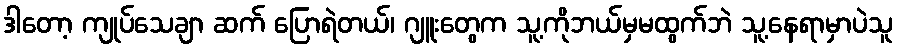
ဒါတော့ ကျုပ်သေချာ ဆက် ပြောရဲတယ်၊ ဂျူးတွေက သူ့ကိုဘယ်မှမထွက်ဘဲ သူ့နေရာမှာပဲသူ